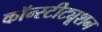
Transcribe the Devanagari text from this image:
कॉन्‍स्‍टीट्यूशन